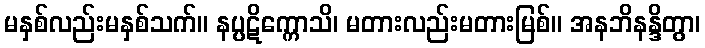
မနှစ်လည်းမနှစ်သက်။ နပ္ပဋိက္ကောသိ၊ မတားလည်းမတားမြစ်။ အနဘိနန္ဒိတွာ၊